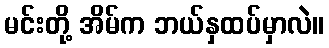
မင်းတို့ အိမ်က ဘယ်နှထပ်မှာလဲ။